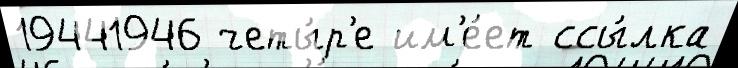
19441946 четы́р'е им'е́ет ссы́лка